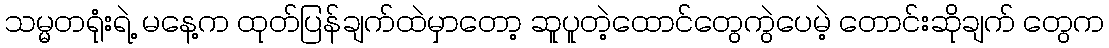
သမ္မတရုံးရဲ့ မနေ့က ထုတ်ပြန်ချက်ထဲမှာတော့ ဆူပူတဲ့ထောင်တွေကွဲပေမဲ့ တောင်းဆိုချက် တွေက